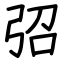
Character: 弨